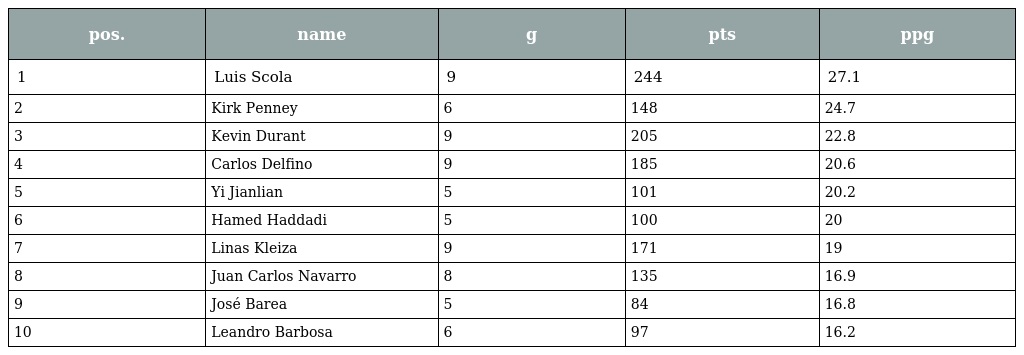
| pos. | name | g | pts | ppg |
 | --- | --- | --- | --- | --- |
 | 1 | Luis Scola | 9 | 244 | 27.1 |
 | 2 | Kirk Penney | 6 | 148 | 24.7 |
 | 3 | Kevin Durant | 9 | 205 | 22.8 |
 | 4 | Carlos Delfino | 9 | 185 | 20.6 |
 | 5 | Yi Jianlian | 5 | 101 | 20.2 |
 | 6 | Hamed Haddadi | 5 | 100 | 20 |
 | 7 | Linas Kleiza | 9 | 171 | 19 |
 | 8 | Juan Carlos Navarro | 8 | 135 | 16.9 |
 | 9 | José Barea | 5 | 84 | 16.8 |
 | 10 | Leandro Barbosa | 6 | 97 | 16.2 |